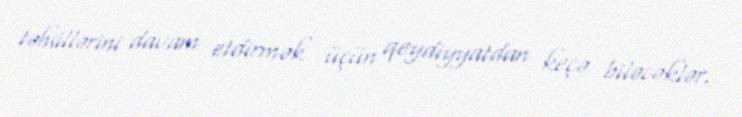
təhsillərini davam etdirmək üçün qeydiyyatdan keçə biləcəklər.